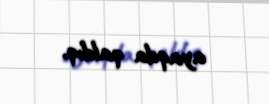
ayaqda qaldıq.